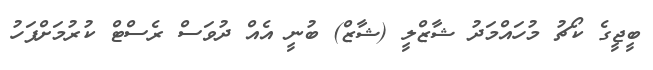
ބީޖީގެ ކޯޗު މުހައްމަދު ޝާޒްލީ (ޝާޒް) ބުނީ އެއް ދުވަސް ރެސްޓް ކުރުމަށްފަހު